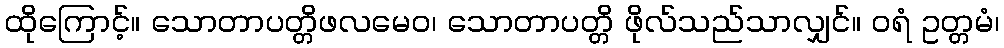
ထိုကြောင့်။ သောတာပတ္တိဖလမေဝ၊ သောတာပတ္တိ ဖိုလ်သည်သာလျှင်။ ဝရံ ဥတ္တမံ၊